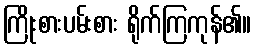
ကြိုးစားပမ်းစား ရိုက်ကြကုန်၏။